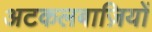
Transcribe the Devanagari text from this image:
अटकलबाज़ियों